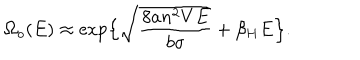
\Omega _ { o } ( E ) \approx \exp \Bigl \{ \sqrt { \frac { 8 a n ^ { 2 } V E } { b \sigma } } + \beta _ { H } E \Bigr \} .